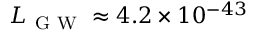
L _ { \mathrm { ~ G ~ W ~ } } \approx 4 . 2 \times 1 0 ^ { - 4 3 }